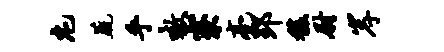
庀蔬乎嗷寮亮郢馥尉岸